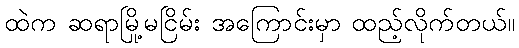
ထဲက ဆရာမြို့မငြိမ်း အကြောင်းမှာ ထည့်လိုက်တယ်။